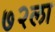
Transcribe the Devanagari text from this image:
७२ला